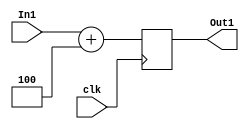
//-----------------------------------------------------------------------------
//
// Title       : pc_adder
// Design      : mips pilining
// Author      : 
// Company     : 
//
//-----------------------------------------------------------------------------
//
// Generated   : Thu Dec 24 14:16:59 2015
// From        : interface description file
// By          : Itf2Vhdl ver. 1.22
//
//-----------------------------------------------------------------------------
//
// Description : 
//
//-----------------------------------------------------------------------------
`timescale 1 ns / 1 ps

//{{ Section below this comment is automatically maintained
//   and may be overwritten
//{module {pc_adder}}
module Plus_Four(In1,Out1,clk);
 
 input [31:0] In1;
 input clk;
 output[31:0] Out1;
 
 reg [31:0] Out1;
 
 always @ (posedge clk)
  Out1=In1+4;
endmodule